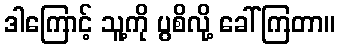
ဒါကြောင့် သူ့ကို ပွစိလို့ ခေါ်ကြတာ။